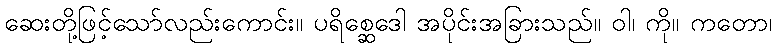
ဆေးတို့ဖြင့်သော်လည်းကောင်း။ ပရိစ္ဆေဒေါ အပိုင်းအခြားသည်။ ဝါ၊ ကို။ ကတော၊